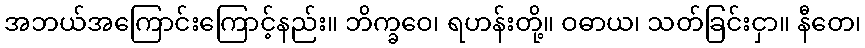
အဘယ်အကြောင်းကြောင့်နည်း။ ဘိက္ခဝေ၊ ရဟန်းတို့။ ဝဓာယ၊ သတ်ခြင်းငှာ။ နီတေ၊